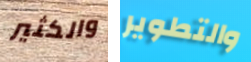
والكثير والتطوير